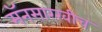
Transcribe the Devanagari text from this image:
मॅनसारखीच